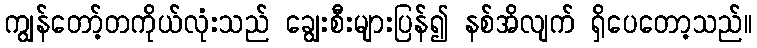
ကျွန်တော့်တကိုယ်လုံးသည် ချွေးစီးများပြန်၍ နစ်အိလျက် ရှိပေတော့သည်။